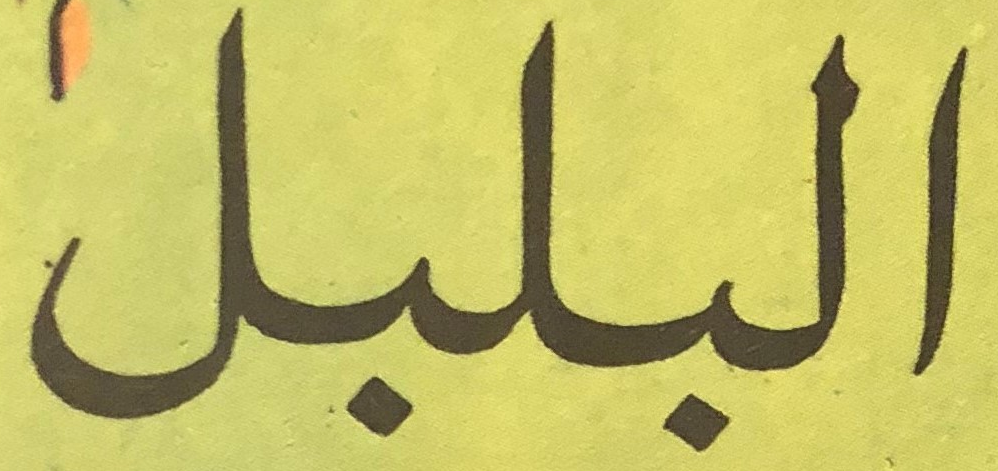
البلبل